Civil Veterinary Department. United Provinces 1923-31 - 1923-1931
Year: 1923
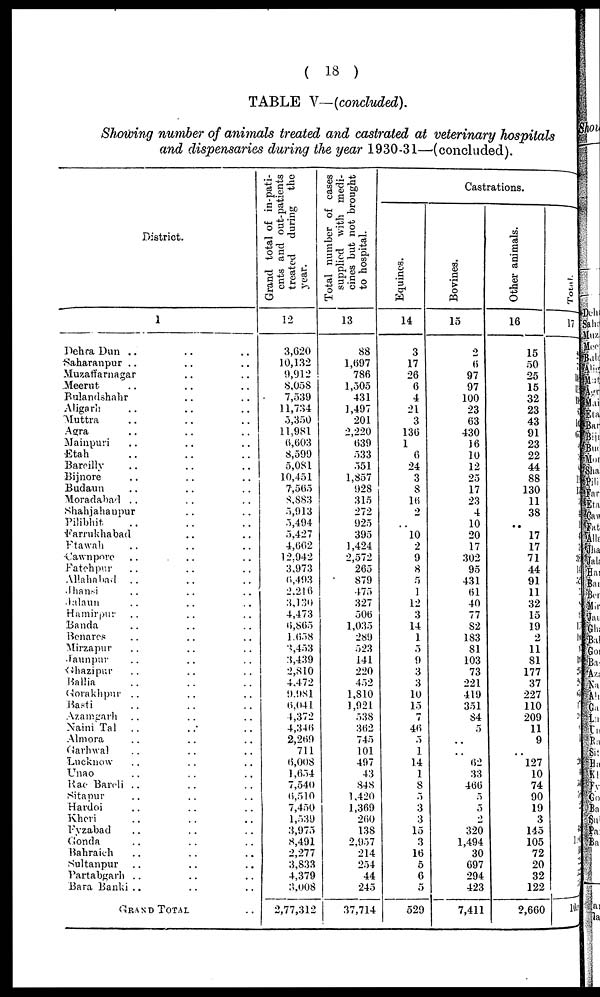
( 18 )
TABLE V—(concluded).
Showing number of animals treated and castrated at veterinary hospitals
and dispensaries during the year 1930-31—(concluded).
District.
1
Dehra Dun .. .. ..
Saharanpur .. .. ..
Muzaffarnagar .. ..
Meerut .. .. ..
Bulandshahr .. ..
Aligarh .. .. ..
Muttra .. .. ..
Agra .. .. ..
Mainpuri .. .. ..
Etah .. .. ..
Bareilly .. .. ..
Bijnore .. .. ..
Budaun .. .. ..
Moradabad .. .. ..
Shahjahaupur .. ..
Pilibhit .. .. ..
Farrukhabad .. ..
Etawah .. .. ..
Cawnpore .. .. ..
Fatchpur .. .. ..
Allahabad .. .. ..
Jhansi .. .. ..
Jalaun .. .. ..
Hamirpur .. .. ..
Banda .. .. ..
Benares .. .. ..
Mirzapur .. .. ..
Jaunpur .. .. ..
Ghazipur .. .. ..
Ballia .. .. ..
Gorakhpur .. .. ..
Basti .. .. ..
Azamgarh .. .. ..
Naini Tal .. .. ..
Almora .. .. ..
Garhwal .. .. ..
Lucknow .. .. ..
Unao .. .. ..
Rae Bareli .. .. ..
Sitapur .. .. ..
Hardoi .. .. ..
Kheri .. .. ..
Fyzabad .. .. ..
Gonda .. .. ..
Bahraich .. .. ..
Sultanpur .. .. ..
Partabgarh .. .. ..
Bara Banki .. .. ..
GRAND TOTAL ..
Grand total of in-pati-
ents and out-patients
treated during the
year.
12
3,620
10,132
9,912
8,058
7,539
11,734
5,350
11,981
6,603
8,599
5,081
10,451
7,565
8,883
5,913
5,494
5,427
4,662
12.942
3,973
6,493
2,216
3,130
4,473
6,865
1.658
3,453
3,439
2,810
4.472
9,981
6,041
4,372
4,346
2,269
711
6,008
1,654
7,540
6,510
7,450
1,539
3,975
8,491
2,277
3,833
4,379
3,008
2,77,312
Total number of cases
supplied with medi-
cines but not brought
to hospital.
13
88
1,697
786
1,505
431
1,497
201
2,220
639
533
551
1,857
928
315
272
925
395
1,424
2,572
265
879
475
327
506
1,035
289
523
141
220
452
1,810
1,921
538
362
745
101
497
43
848
1,420
1,369
260
138
2,957
214
254
44
245
37,714
Castrations.
Equincs.
14
3
17
26
6
4
21
3
136
1
6
24
3
8
16
2
..
10
2
9
8
5
1
12
3
14
1
5
9
3
3
10
15
7
46
5
1
14
1
8
5
3
3
15
3
16
5
6
5
529
Bovines.
15
2
6
97
97
100
23
63
430
16
10
12
25
17
23
4
10
20
17
302
95
431
61
40
77
82
183
81
103
73
221
419
351
84
5
..
..
62
33
466
5
5
2
320
1,494
30
697
294
423
7,411
Other animals.
16
15
50
25
15
32
23
43
91
23
22
44
88
130
11
38
..
17
17
71
44
91
11
32
15
19
2
11
81
177
37
227
110
209
11
9
..
127
10
74
90
19
3
145
105
72
20
32
122
2,660
Total.
17
10.